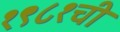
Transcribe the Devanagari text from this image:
१९८१ची